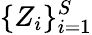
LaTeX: \{ Z_{i}\} _{i=1}^{S}